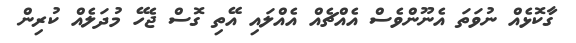
ގާކޮޅެއް ނުވަތަ އެނޫންވެސް އެއްޗެއް އެއްލައި އޭތި ގޮސް ޖެހޭ މުދަލެއް ކުރިން